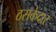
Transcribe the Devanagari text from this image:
ठसकेदार